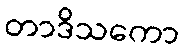
တာဒိသကော